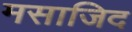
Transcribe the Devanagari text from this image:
मसाजिद